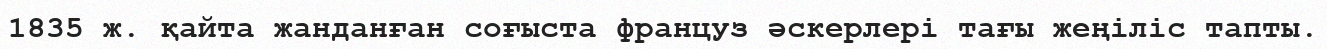
1835 ж. қайта жанданған соғыста француз әскерлері тағы жеңіліс тапты.